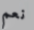
نعم